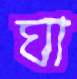
ঘা